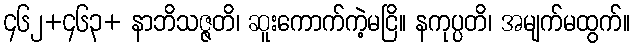
၄၆၂+၄၆၃+ နာဘိသဇ္ဇတိ၊ ဆူးကောက်ကဲ့မငြိ။ နကုပ္ပတိ၊ အမျက်မထွက်။